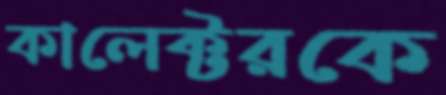
কালেক্টরকে